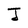
Character: J